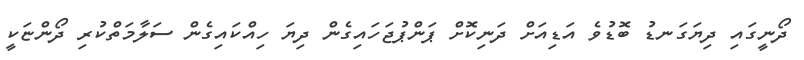
ދޯނީގައި ދިޔަގަނޑު ބޮޑުވެ އަޑިއަށް ދަނިކޮށް ޕަންޕުޖަހައިގެން ދިޔަ ހިއްކައިގެން ސަލާމަތްކުރި ދޯންޏަކީ